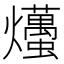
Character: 爡